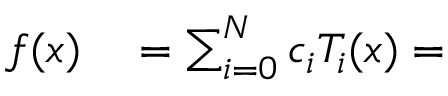
\begin{array} { r l } { f ( x ) } & { { } = \sum _ { i = 0 } ^ { N } c _ { i } T _ { i } ( x ) = } \end{array}